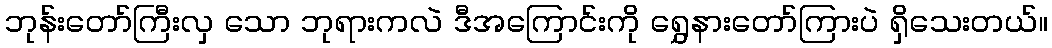
ဘုန်းတော်ကြီးလှ သော ဘုရားကလဲ ဒီအကြောင်းကို ရွှေနားတော်ကြားပဲ ရှိသေးတယ်။